Note on the mental hospitals in Burma - 1925-1940
Year: 1925
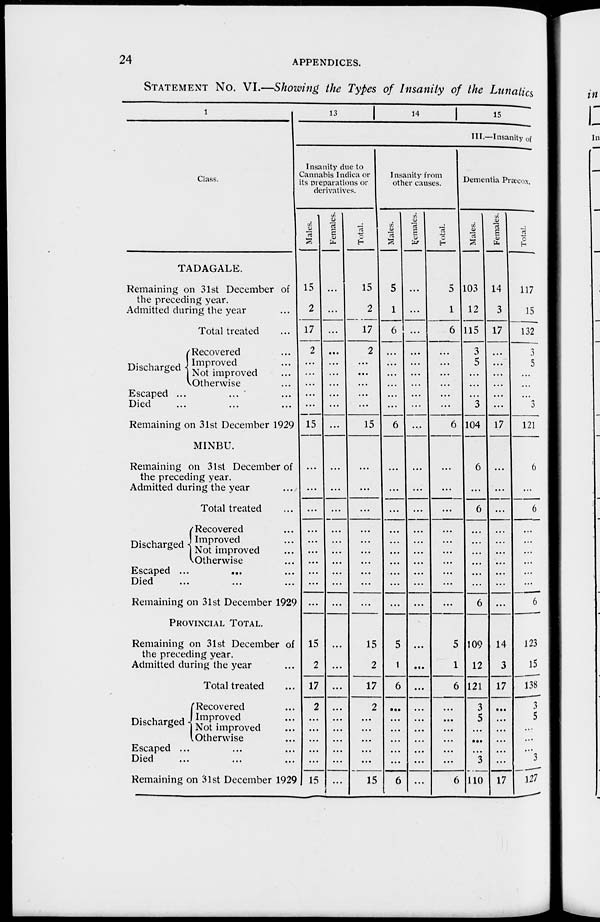
24
APPENDICES.
STATEMENT No. VI.—Showing the Types of Insanity of the Lunatics
1
Class.
TADAGALE.
Remaining on 31st December of
the preceding year.
Admitted during the year ...
Total treated ...
Discharged
Recovered ...
Improved ...
Not improved ...
Otherwise ...
Escaped ... ... ...
Died ... ... ...
Remaining on 31st December 1929
MINBU.
Remaining on 31st December of
the preceding year.
Admitted during the year ...
Total treated ...
Discharged
Recovered ...
Improved...
Not improved ...
Otherwise ...
Escaped ... ... ...
Died ... ... ...
Remaining on 31st December 1929
PROVINCIAL TOTAL.
Remaining on 31st December of
the preceding year.
Admitted during the year ...
Total treated ...
Discharged
Recovered ...
Improved ...
Not improved ...
Otherwise ...
Escaped ... ... ...
Died ... ... ...
Remaining on 31st December 1929
13
14 15
III.—Insanity of
Insanity due to
Cannabis Indica or
its preparations or
derivatives.
Males.
15
2
17
2
...
...
...
...
...
15
...
...
...
...
...
...
...
...
...
...
15
2
17
2
...
...
...
...
...
15
Females.
...
...
...
...
...
...
...
...
...
...
...
...
...
...
...
...
...
...
...
...
...
...
...
...
...
...
...
...
...
...
Total.
15
2
17
2
...
...
...
...
...
15
...
...
...
...
...
...
...
...
...
...
15
2
17
2
...
...
...
...
...
15
Insanity from
other causes.
Males.
5
1
6
...
...
...
...
...
...
6
...
...
...
...
...
...
...
...
...
...
5
1
6
...
...
...
...
...
...
6
Females.
...
...
...
...
...
...
...
...
...
...
...
...
...
...
...
...
...
...
...
...
...
...
...
...
...
...
...
...
...
...
Total.
5
1
6
...
...
...
...
...
...
6
...
...
...
...
...
...
...
...
...
...
5
1
6
...
...
...
...
...
...
6
Dementia Præcox.
Males.
103
12
115
3
5
...
...
...
3
104
6
...
6
...
...
...
...
...
...
6
109
12
121
3
5
...
...
...
3
110
Females.
14
3
17
...
...
...
...
...
...
17
...
...
...
...
...
...
...
...
...
...
14
3
17
...
...
...
...
...
...
17
Total.
117
15
132
3
5
...
...
...
3
121
6
...
6
...
...
...
...
...
...
6
123
15
138
3
5
...
...
...
3
127